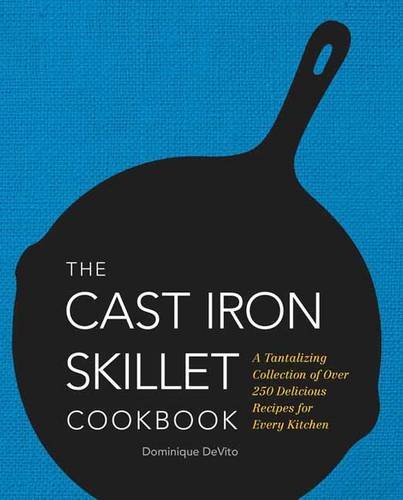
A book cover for The Cast Iron Skillet Cookbook: A Tantalizing Collection of Over 200 Delicious Recipes for Every Kitchen; Dominique DeVito; Cookbooks, Food & Wine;